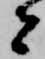
者